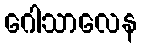
ဂေါသာလေန